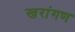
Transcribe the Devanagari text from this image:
खरांगण